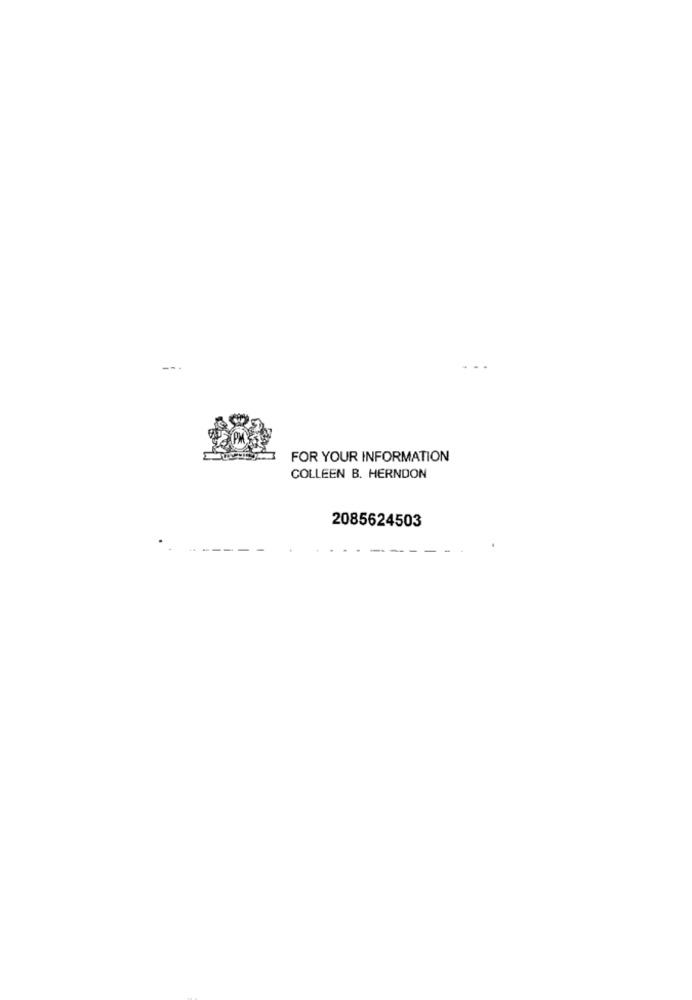
- .
FOR YOUR INFORMATION
COLLEEN B. HERNDON
2085624503